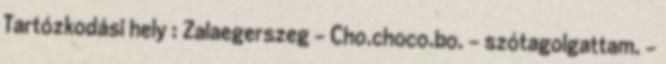
Tartózkodási hely : Zalaegerszeg - Cho.choco.bo. - szótagolgattam. -